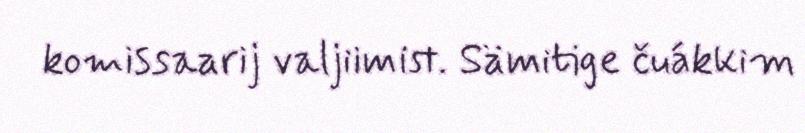
komissaarij valjiimist. Sämitige čuákkim